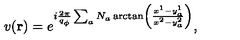
v ( { \bf r } ) = e ^ { i { \frac { 2 \pi } { q _ { \phi } } } \sum _ { a } N _ { a } \arctan \left( \frac { x ^ { 1 } - y _ { a } ^ { 1 } } { x ^ { 2 } - y _ { a } ^ { 2 } } \right) } ,